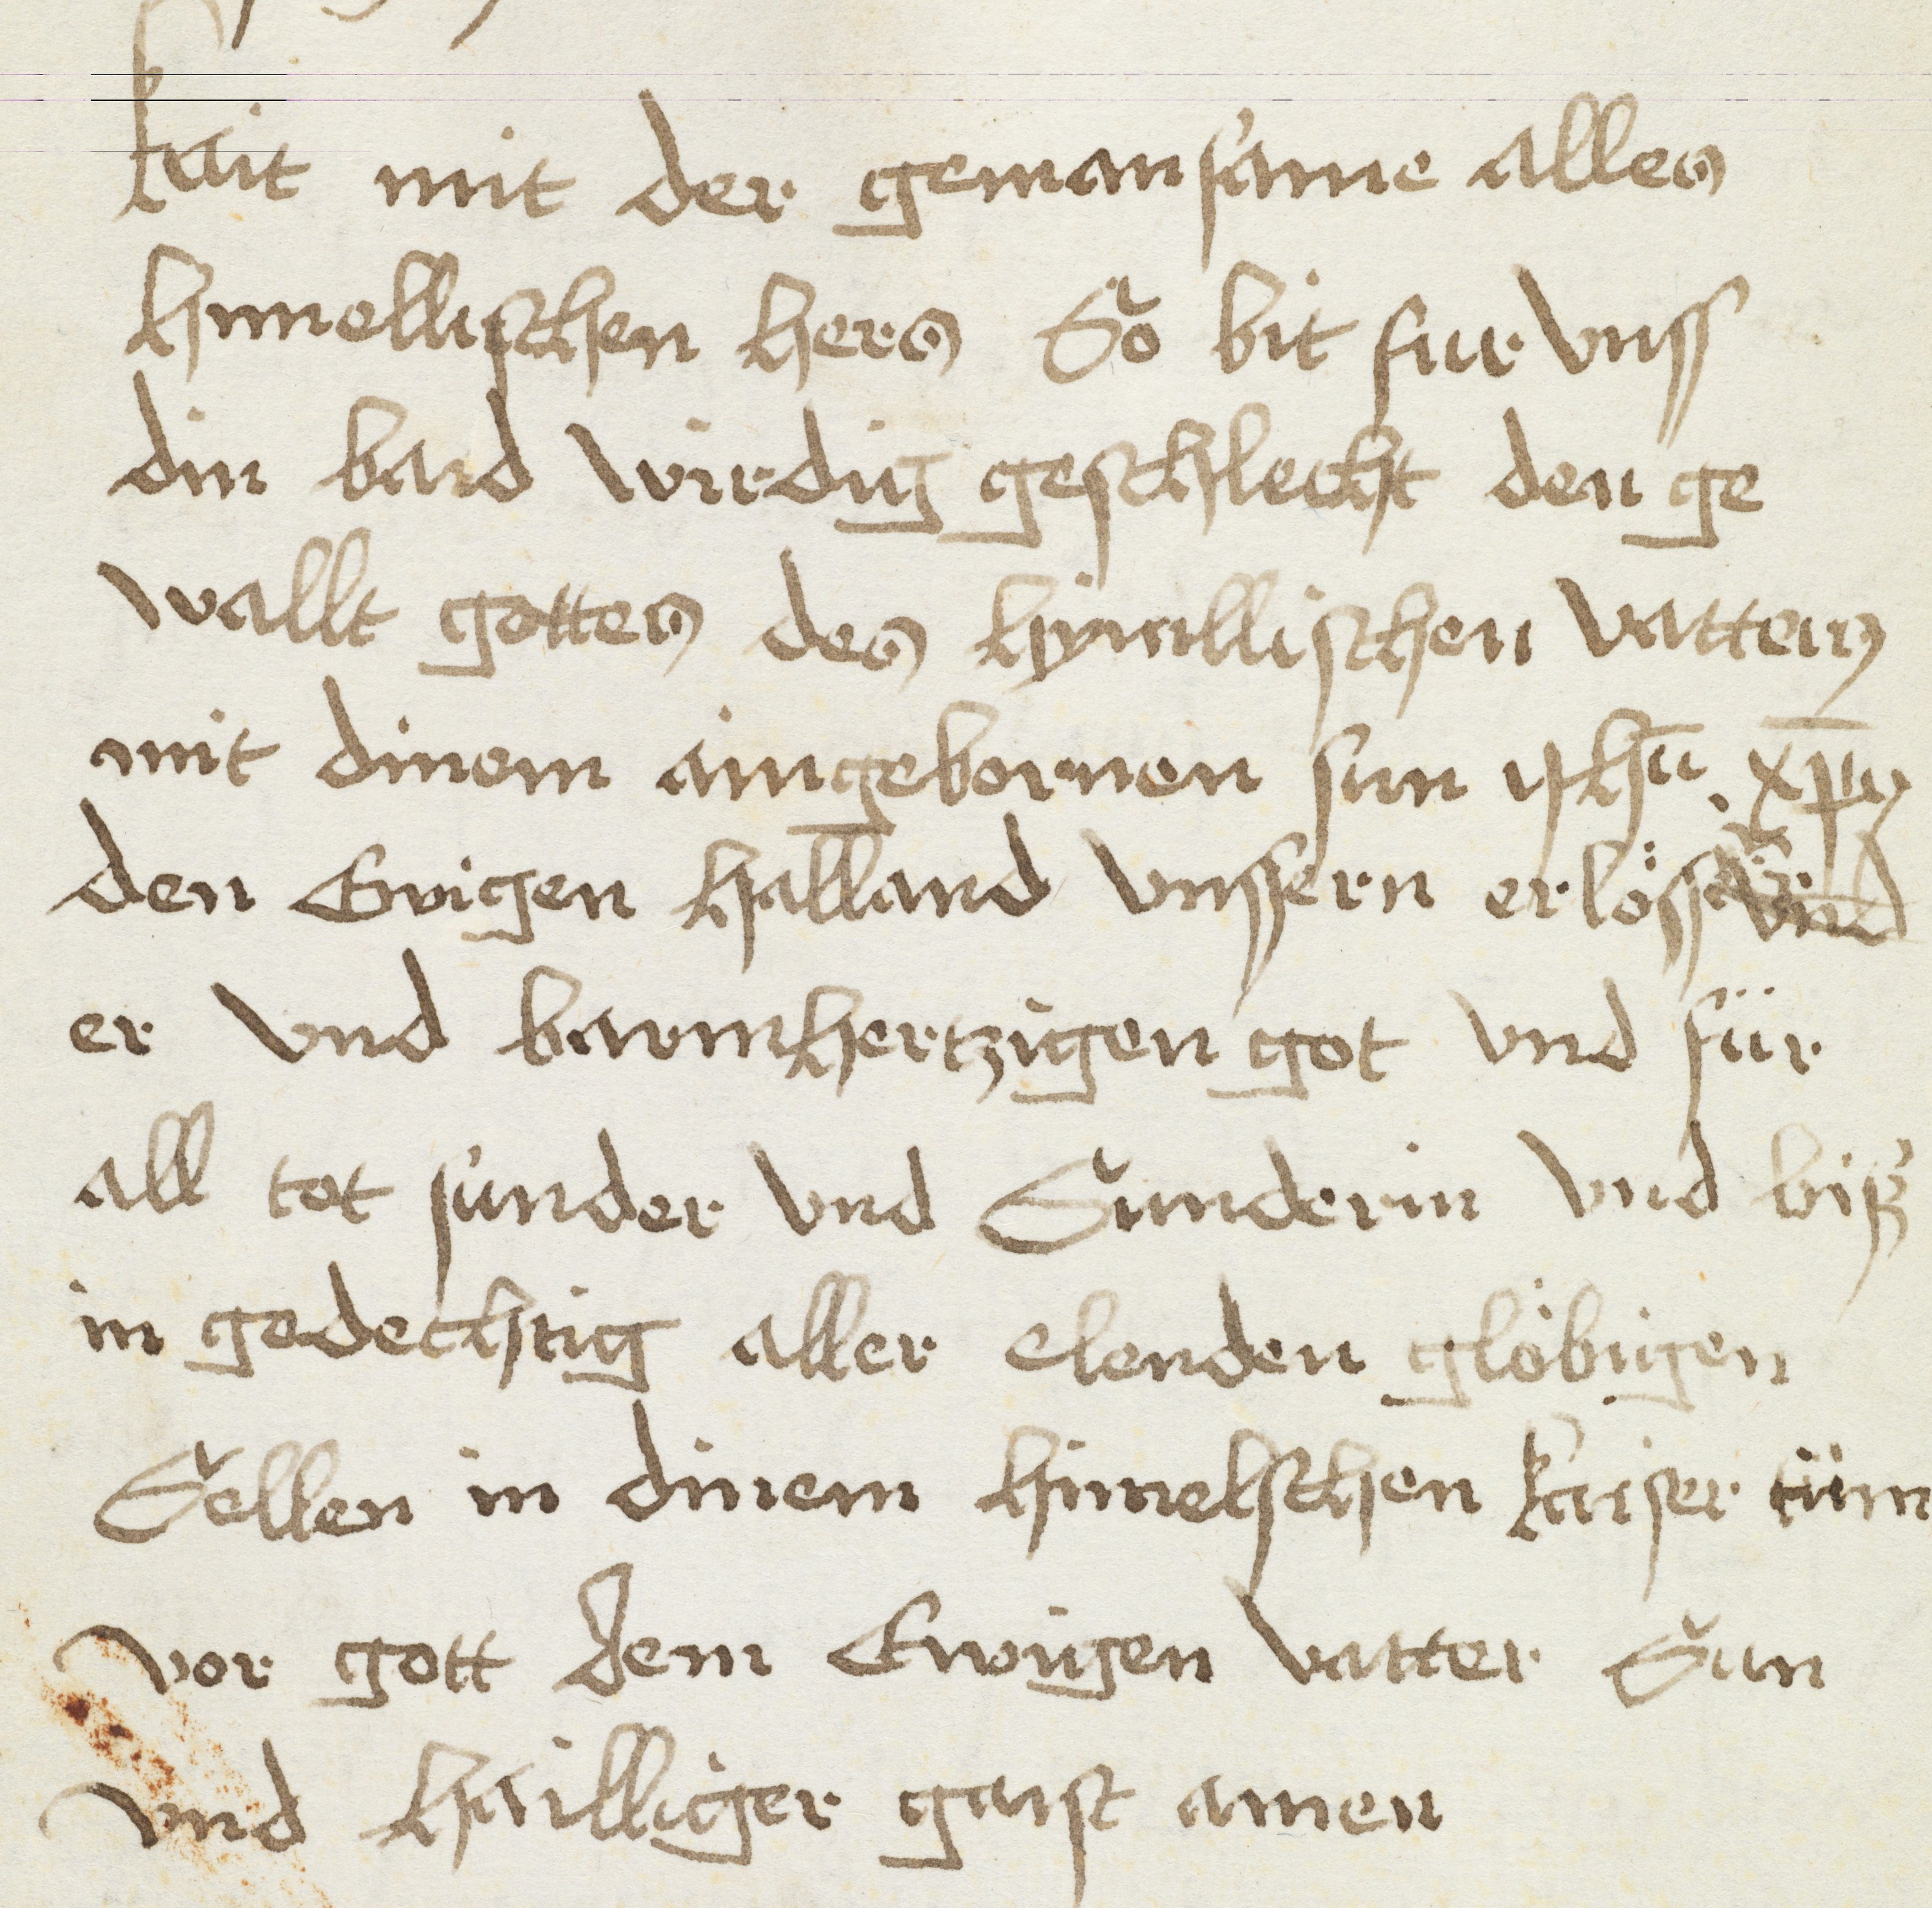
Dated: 1498–1498